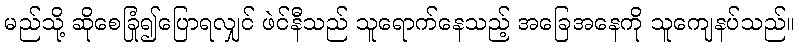
မည်သို့ ဆိုစေခြုံ၍ပြောရလျှင် ဖဲင်နီသည် သူရောက်နေသည့် အခြေအနေကို သူကျေနပ်သည်။